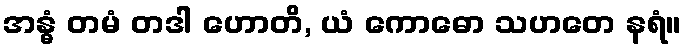
အန္ဓံ တမံ တဒါ ဟောတိ, ယံ ကောဓော သဟတေ နရံ။